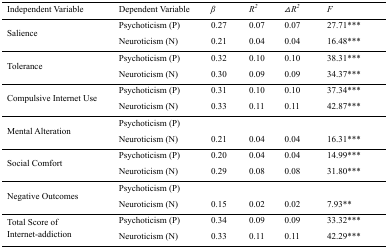
<table><thead><tr><td><b>Independent Variable</b></td><td><b>Dependent Variable</b></td><td><b><i>β</i></b></td><td><b><i>R<sup>2</sup></i></b></td><td><b><i>ΔR<sup>2</sup></i></b></td><td><b><i>F</i></b></td></tr></thead><tbody><tr><td rowspan="2">Salience</td><td>Psychoticism (P)</td><td>0.27</td><td>0.07</td><td>0.07</td><td>27.71***</td></tr><tr><td>Neuroticism (N)</td><td>0.21</td><td>0.04</td><td>0.04</td><td>16.48***</td></tr><tr><td rowspan="2">Tolerance</td><td>Psychoticism (P)</td><td>0.32</td><td>0.10</td><td>0.10</td><td>38.31***</td></tr><tr><td>Neuroticism (N)</td><td>0.30</td><td>0.09</td><td>0.09</td><td>34.37***</td></tr><tr><td rowspan="2">Compulsive Internet Use</td><td>Psychoticism (P)</td><td>0.31</td><td>0.10</td><td>0.10</td><td>37.34***</td></tr><tr><td>Neuroticism (N)</td><td>0.33</td><td>0.11</td><td>0.11</td><td>42.87***</td></tr><tr><td rowspan="2">Mental Alteration</td><td>Psychoticism (P)</td><td></td><td></td><td></td><td></td></tr><tr><td>Neuroticism (N)</td><td>0.21</td><td>0.04</td><td>0.04</td><td>16.31***</td></tr><tr><td rowspan="2">Social Comfort</td><td>Psychoticism (P)</td><td>0.20</td><td>0.04</td><td>0.04</td><td>14.99***</td></tr><tr><td>Neuroticism (N)</td><td>0.29</td><td>0.08</td><td>0.08</td><td>31.80***</td></tr><tr><td rowspan="2">Negative Outcomes</td><td>Psychoticism (P)</td><td></td><td></td><td></td><td></td></tr><tr><td>Neuroticism (N)</td><td>0.15</td><td>0.02</td><td>0.02</td><td>7.93**</td></tr><tr><td rowspan="2">Total Score of Internet-addiction</td><td>Psychoticism (P)</td><td>0.34</td><td>0.09</td><td>0.09</td><td>33.32***</td></tr><tr><td>Neuroticism (N)</td><td>0.33</td><td>0.11</td><td>0.11</td><td>42.29***</td></tr></tbody></table>